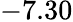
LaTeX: -7.30